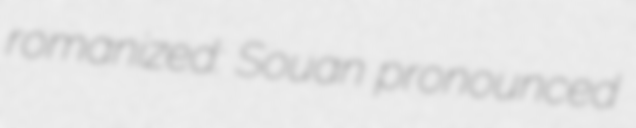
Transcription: romanized: Souan pronounced